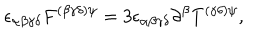
\epsilon _ { \alpha \beta \gamma \delta } F ^ { ( \beta \gamma \delta ) \psi } = 3 \epsilon _ { \alpha \beta \gamma \delta } \partial ^ { \beta } T ^ { ( \gamma \delta ) \psi } ,